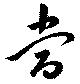
当